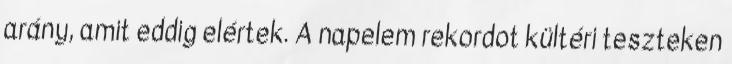
arány, amit eddig elértek. A napelem rekordot kültéri teszteken